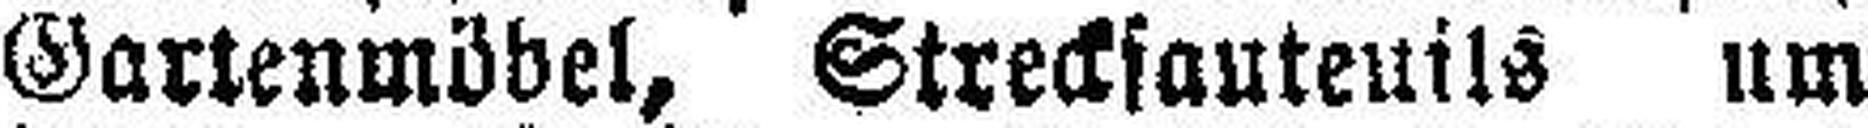
Gartenmöbel, Streckfauteuils um